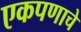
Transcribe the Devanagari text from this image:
एकपणाचे